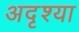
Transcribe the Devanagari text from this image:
अदृश्या